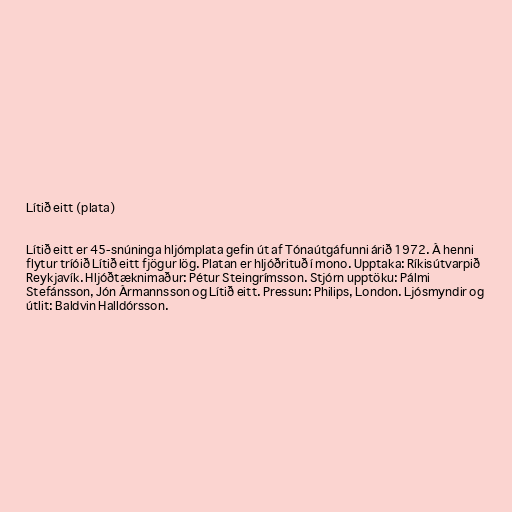
Lítið eitt (plata)

Lítið eitt er 45-snúninga hljómplata gefin út af Tónaútgáfunni árið 1972. Á henni
flytur tríóið Lítið eitt fjögur lög. Platan er hljóðrituð í mono. Upptaka: Ríkisútvarpið
Reykjavík. Hljóðtæknimaður: Pétur Steingrímsson. Stjórn upptöku: Pálmi
Stefánsson, Jón Ármannsson og Lítið eitt. Pressun: Philips, London. Ljósmyndir og
útlit: Baldvin Halldórsson.